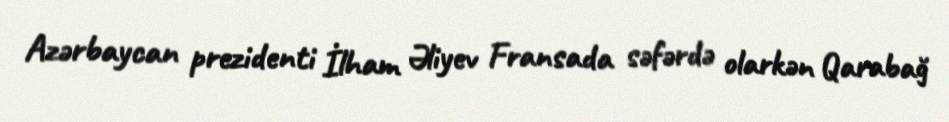
Azərbaycan prezidenti İlham Əliyev Fransada səfərdə olarkən Qarabağ